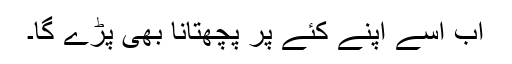
اَب اِسے اپنے کئے پر پچھتانا بھی پڑے گا۔